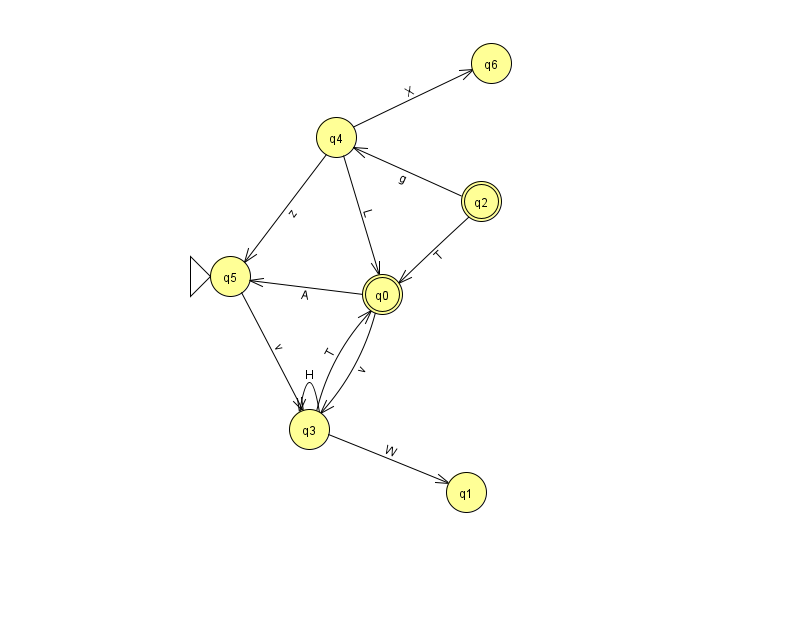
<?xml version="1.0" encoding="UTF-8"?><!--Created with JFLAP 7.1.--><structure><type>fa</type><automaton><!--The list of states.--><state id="0" name="q0"><x>382.0</x><y>281.0</y><final/></state><state id="1" name="q1"><x>466.0</x><y>479.0</y></state><state id="2" name="q2"><x>481.0</x><y>188.0</y><final/></state><state id="3" name="q3"><x>309.0</x><y>416.0</y></state><state id="4" name="q4"><x>336.0</x><y>124.0</y></state><state id="5" name="q5"><x>230.0</x><y>263.0</y><initial/></state><state id="6" name="q6"><x>491.0</x><y>50.0</y></state><!--The list of transitions.--><transition><from>0</from><to>5</to><read>A</read></transition><transition><from>2</from><to>0</to><read>T</read></transition><transition><from>3</from><to>1</to><read>W</read></transition><transition><from>4</from><to>0</to><read>L</read></transition><transition><from>4</from><to>5</to><read>z</read></transition><transition><from>4</from><to>6</to><read>X</read></transition><transition><from>3</from><to>3</to><read>H</read></transition><transition><from>0</from><to>3</to><read>v</read></transition><transition><from>2</from><to>4</to><read>g</read></transition><transition><from>5</from><to>3</to><read>v</read></transition><transition><from>3</from><to>0</to><read>T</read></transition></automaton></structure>